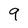
Character: 9